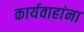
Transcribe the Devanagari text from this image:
कार्यवाहांना